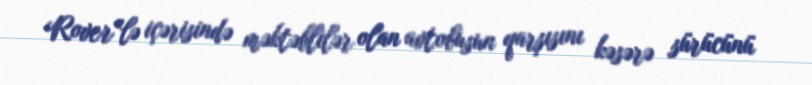
Rover”lə içərisində məktəblilər olan avtobusun qarşısını kəsərə sürücünü